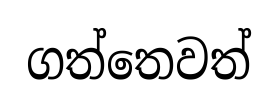
ගත්තෙවත්